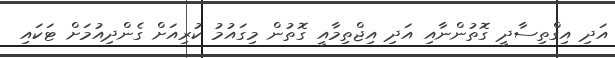
އަދި އިގްތިސާދީ ގޮތުންނާއި އަދި އިޖްތިމާއީ ގޮތުން މިގައުމު ކުރިއަށް ގެންދިއުމަށް ޓަކައި